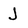
Character: J